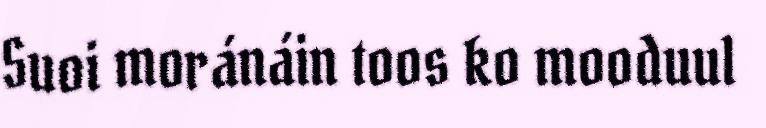
Suoi moránáin toos ko mooduul